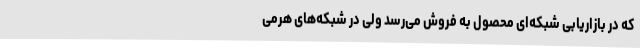
که در بازاریابی شبکه‌ای محصول به فروش می‌رسد ولی در شبکه‌های هرمی